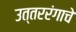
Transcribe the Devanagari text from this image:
उत्तररंगाचे